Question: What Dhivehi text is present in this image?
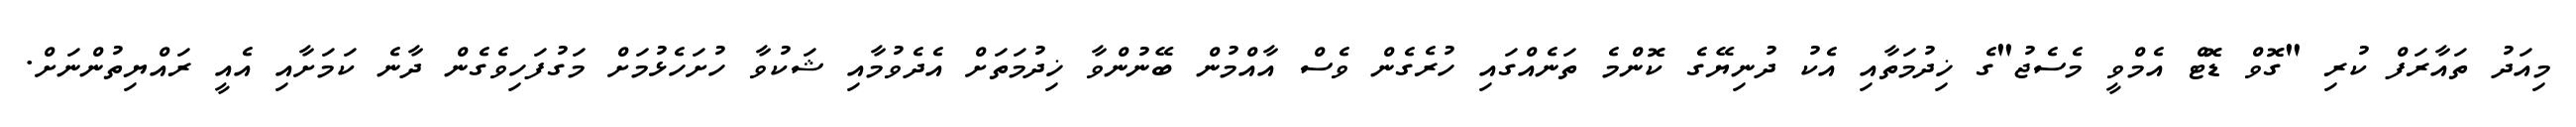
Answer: މިއަދު ތައާރަފް ކުރި "ގޮވް ޑޮޓް އެމްވީ މެސެޖު"ގެ ޚިދުމަތާއި އެކު ދުނިޔޭގެ ކޮންމެ ތަނެއްގައި ހުރެގެން ވެސް އާއްމުން ބޭނުންވާ ޚިދުމަތަށް އެދެވުމާއި ޝަކުވާ ހުށަހެޅުމަށް މަގުފަހިވެގެން ދާނެ ކަމަށާއި އެއީ ރައްޔިތުންނަށް.